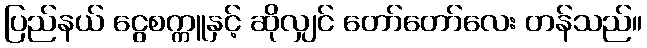
ပြည်နယ် ငွေစက္ကူနှင့် ဆိုလျှင် တော်တော်လေး တန်သည်။